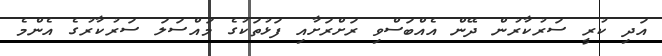
އަދި ކުރީ ސަރުކާރުން ދޭން އެއްބަސްވި ރަށްރަށާއި ފަޅުތަކުގެ މައްސަލަ ސަރުކާރުގެ އެންމެ